Leaving Certificate Examination, 1902
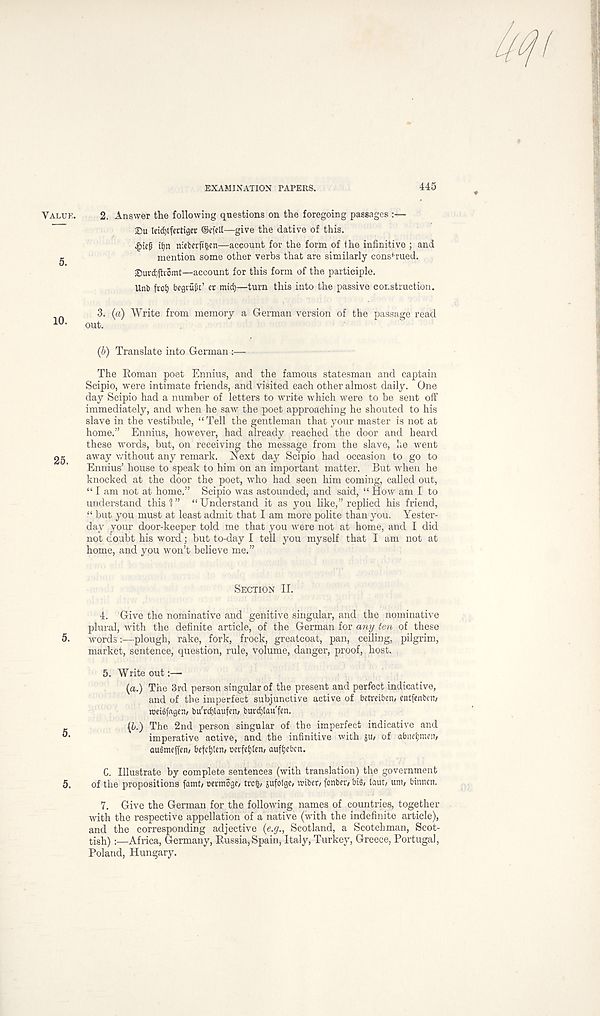
EXAMINATION PAPERS.
445
Value.
5.
10.
25.
5.
5.
5.
2. Answer the following questions on the foregoing passages :—
2)u leidjtftrtujer: ©cfell—give the dative of this.
. £ie(3 it)n niefcerfigen—account for the form of the infinitive ; and
mention some other verbs that are similarly construed.
Surd^h' omt—account for this form of the participle.
Unb frot) begrufi:’ cr mid)—turn this into the passive construction.
3. (a) Write from memory a German version of the passage read
out.
(5) Translate into German :—
The Roman poet Ennius, and the famous statesman and captain
Scipio, were intimate friends, and visited each other almost daily. One
day Scipio had a number of letters to write which were to he sent off
immediately, and when he saw the poet approaching he shouted to his
slave in the vestibule, “Tell the gentleman that your master is not at
home.” Ennius, however, had already reached the door and heard
these words, but, on receiving the message from the slave, he went
away without any remark. Next day Scipio had occasion to go to
Ennius’ house to speak to him on an important matter. But when he
knocked at the door the poet, who had seen him coming, called out,
“lam not at home.” Scipio was astounded, and said, “ How am I to
understand this 1 ” “Understand it as you like,” replied his friend,
“ but you must at least admit that I am more polite than you. Yester-
day your door-keeper told me that you were not at home, and I did
no! doubt his word; but to-day I tell you myself that I am not at
home, and you won’t believe me.”
Section II.
4. Give the nofninative and genitive singular, and the nominative
plural, with the definite article, of the German for any ten of these
words:—plough, rake, fork, frock, greatcoat, pan, ceiling, pilgrim,
market, sentence, question, rule, Volume, danger, proof, host.
5. Write out:—
(a.) The 3rd person singular of the present and perfect indicative,
and of the imperfect subjunctive active of betreiben, entfenbeti/
tocigfrtgcn/ bu' rdjlaufcn, burdjtau fen.
{&.) The 2nd person singular of the imperfect indicative and
imperative active, and the infinitive with JU/ of abneijmeip
auSmeffen/ befctjtcn; nerfeijten/ auftjebcn.
C. Illustrate by complete sentences (with translation) the government
of the propositions famp cennoge, trek/ sufolge, iribeo [enter/ bip taut/ uni/ binnen.
7. Give the German for the following names of countries, together
with the respective appellation of a native (with the indefinite article),
and the corresponding adjective (e.g., Scotland, a Scotchman, Scot-
tish) :—Africa, Germany, Russia,Spain, Italy, Turkey, Greece, Portugal,
Poland, Hungary.